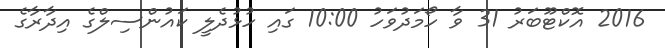
2016 އޮކްޓޫބަރު 31 ވާ ހޯމަދުވަހު 10:00 ގައި ހުޅުދެލީ ކައުންސިލްގެ އިދާރާގެ